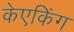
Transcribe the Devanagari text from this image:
केएकिंग